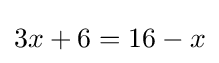
3x+6=16-x